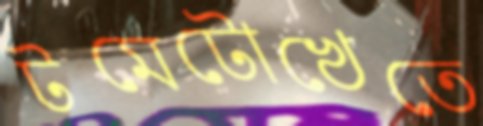
টমেটোখেতে